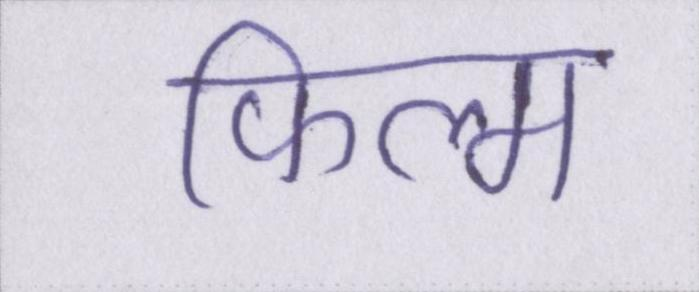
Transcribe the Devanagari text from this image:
फिल्म